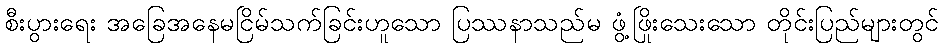
စီးပွားရေး အခြေအနေမငြိမ်သက်ခြင်းဟူသော ပြဿနာသည်မ ဖွံ့ဖြိုးသေးသော တိုင်းပြည်များတွင်